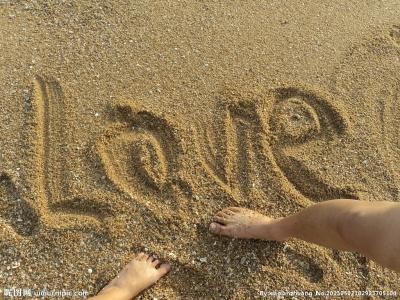
思君如陇水，长闻呜咽声。